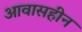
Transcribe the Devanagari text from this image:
आवासहीन